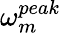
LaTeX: \omega_{m}^{peak}